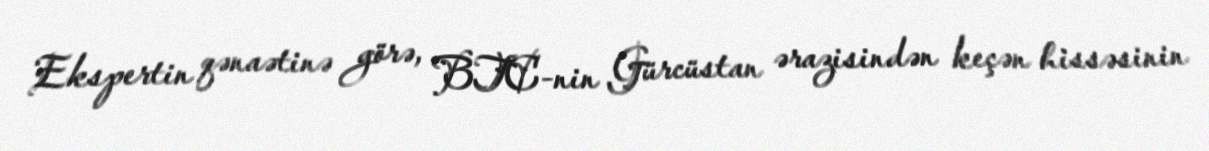
Ekspertin qənaətinə görə, BTC-nin Gürcüstan ərazisindən keçən hissəsinin